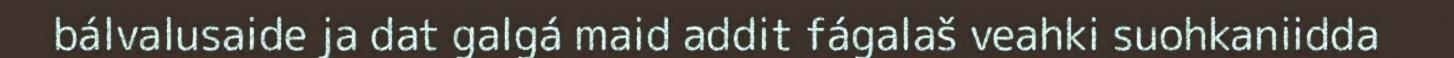
bálvalusaide ja dat galgá maid addit fágalaš veahki suohkaniidda